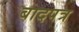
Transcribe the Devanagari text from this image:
बादपत्र